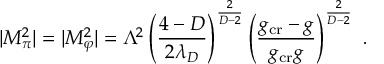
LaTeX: D _ { Q } ^ { H } ( z ) = \frac { N } { z [ 1 - 1 / z - \epsilon / ( 1 - z ) ] ^ { 2 } } ,